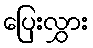
ပြေးလွှား